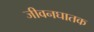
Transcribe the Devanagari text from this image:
जीवनघातक